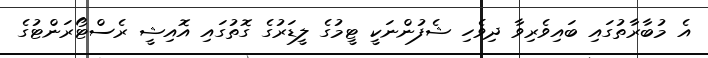
އެ މުބާރާތުގައި ބައިވެރިވާ ދިވެހި ޝެފުންނަކީ ޓީމުގެ ލީޑަރުގެ ގޮތުގައި އޮއިޝީ ރެސްޓޯރަންޓުގެ